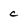
Character: c